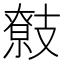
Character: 𢻢